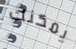
يمكنك